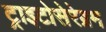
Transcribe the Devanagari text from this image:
ट्राइटोसेरेब्रम